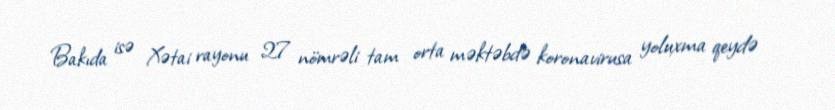
Bakıda isə Xətai rayonu 27 nömrəli tam orta məktəbdə koronavirusa yoluxma qeydə